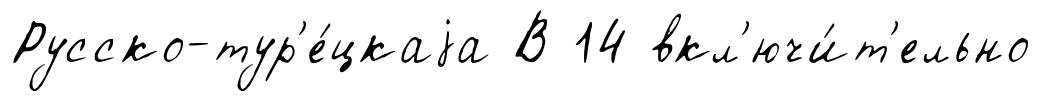
Русско-тур'е́цкаjа В 14 вкл'ючи́т'ельно